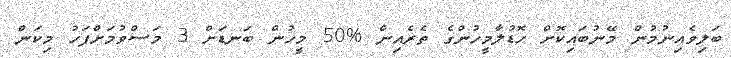
ބަލިވެއިނުމުން މޭނުބައިކޮށް ހޮޑުލާމީހުންގެ ތެރެއިން %50 މީހުން ބަނޑަށް 3 މަސްވުމަށްފަހު މިކަން